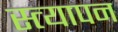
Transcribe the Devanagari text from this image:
स्त्यापन